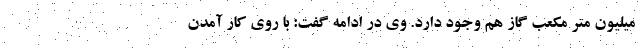
میلیون متر مکعب گاز هم وجود دارد. وی در ادامه گفت: با روی کار آمدن